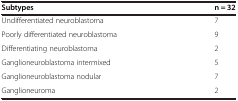
| Subtypes | n = 32 |
 | --- | --- |
 | Undifferentiated neuroblastoma | 7 |
 | Poorly differentiated neuroblastoma | 9 |
 | Differentiating neuroblastoma | 2 |
 | Ganglioneuroblastoma intermixed | 5 |
 | Ganglioneuroblastoma nodular | 7 |
 | Ganglioneuroma | 2 |